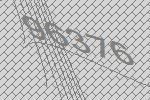
96376